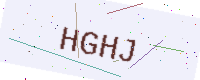
Text: HGHJ